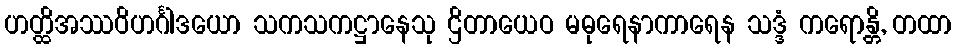
ဟတ္ထိအဿဝိဟင်္ဂါဒယော သကသကဋ္ဌာနေသု ဌိတာယေဝ မဓုရေနာကာရေန သဒ္ဒံ ကရောန္တိ, တထာ